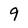
Character: 9